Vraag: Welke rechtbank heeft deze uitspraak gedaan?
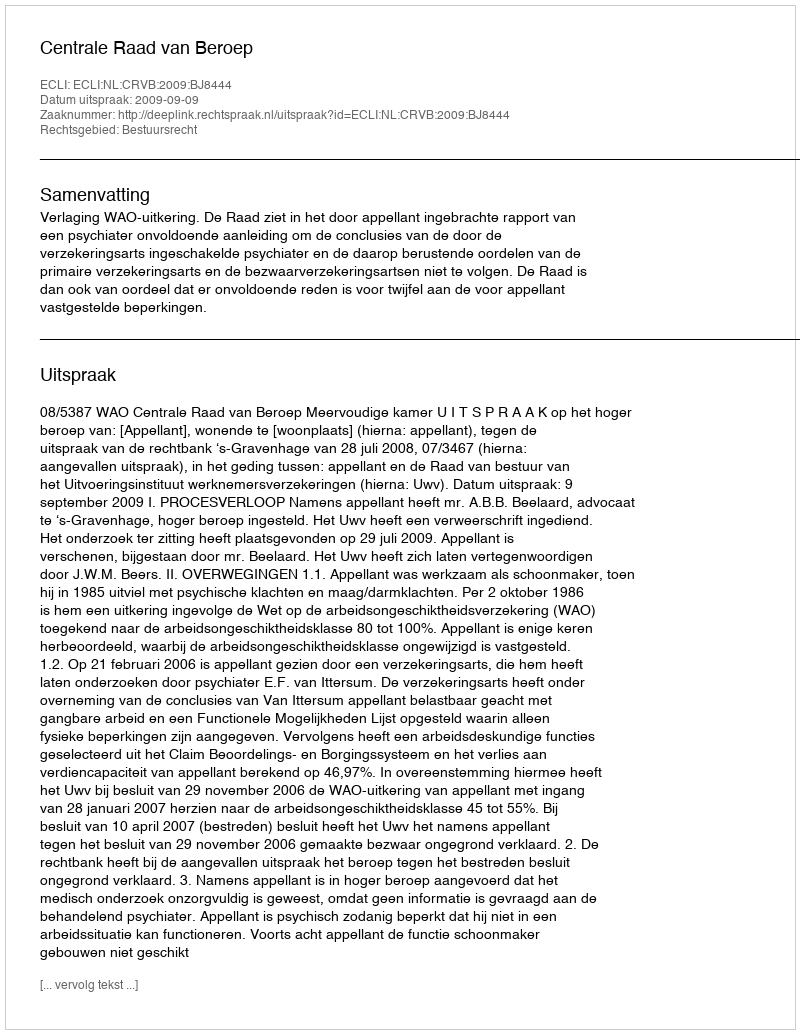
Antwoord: Centrale Raad van Beroep